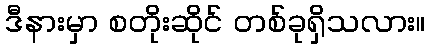
ဒီနားမှာ စတိုးဆိုင် တစ်ခုရှိသလား။